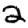
Digit: 2